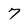
Character: 7